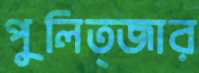
পুলিত্জার